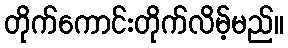
တိုက်ကောင်းတိုက်လိမ့်မည်။